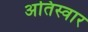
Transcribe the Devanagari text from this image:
अतिस्वार